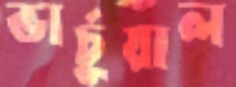
ভার্চুয়াল